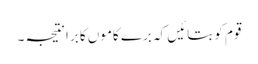
قوم کو بتائیں کہ برے کاموں کا برا نتیجہ ۔